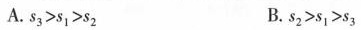
A. $$s _ { 3 } > s _ { 1 } > s _ { 2 }$$ B. $$s _ { 2 } > s _ { 1 } > s _ { 3 }$$